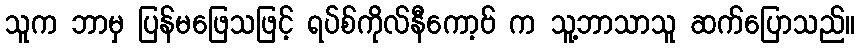
သူက ဘာမှ ပြန်မဖြေသဖြင့် ရပ်စ်ကိုလ်နီကော့ဗ် က သူ့ဘာသာသူ ဆက်ပြောသည်။